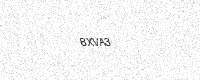
Text: 8XVA3